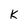
Character: k